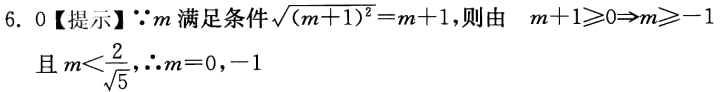
6. 0【提示】$\because m$满足条件$\sqrt{(m + 1)^2}=m + 1$，则由 $m + 1\geqslant0\Rightarrow m\geqslant - 1$且$m<\frac{2}{\sqrt{5}}$，$\therefore m = 0,-1$